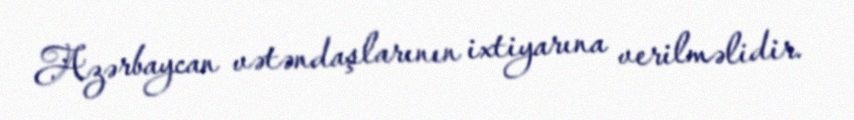
Azərbaycan vətəndaşlarının ixtiyarına verilməlidir.